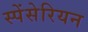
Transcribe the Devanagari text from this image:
स्पेंसेरियन